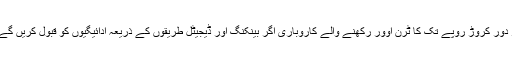
جیٹلی نے کہا کہ چھوٹے تاجرین اور دور کروڑ روپے تک کا ٹرن اوور رکھنے والے کاروباری اگر بینکنگ اور ڈیجیٹل طریقوں کے ذریعہ ادائیگیوں کو قبول کریں گے تو انہیں انکم ٹیکس ادا کرنا پڑے گا۔